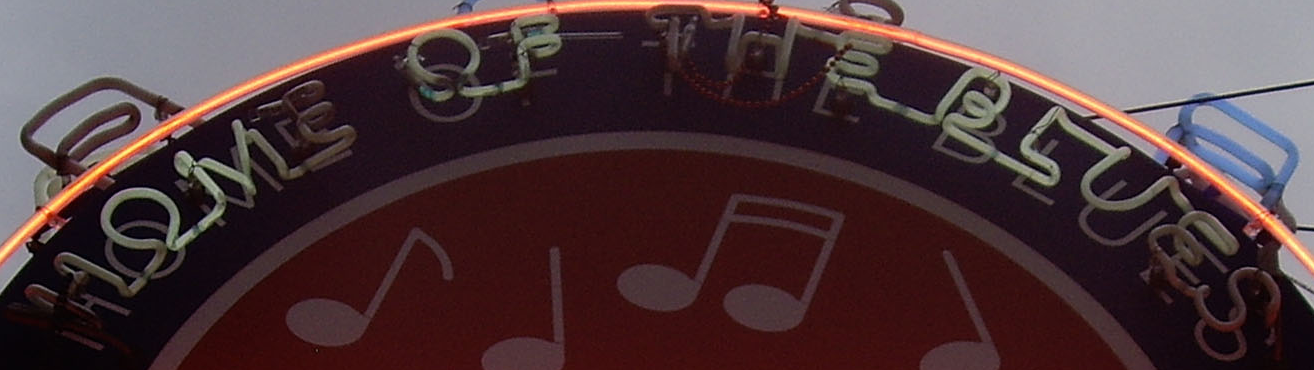
LOVE OF THE B5UES